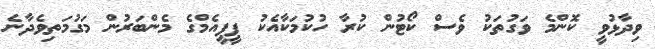
ވިދާޅުވީ ކޮންމެ ވަގުތަކު ވެސް ކޯޓުން ކުރާ ހުކުމަކާއެކު ޕީޕީއެމްގެ މެންބަރުން މަގުމަތިވެދާނެ